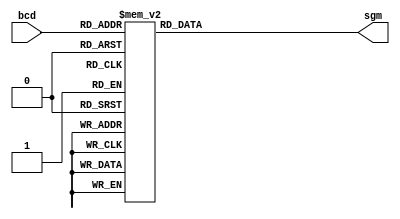
/*
Mdulo BCD Segmento

Este mdulo  responsvel por converter um valor BCD de 4 bits 
em um valor correspondente para exibio em um display de 7 segmentos.

*/

module bcd_sgm(
    input wire [3:0] bcd,
    output reg [6:0] sgm
);
    always @* begin
        // Realiza a converso do valor BCD para o segmento correspondente
        case (bcd)
            4'b0000: sgm <= 7'b1111110; // 0
            4'b0001: sgm <= 7'b0110000; // 1
            4'b0010: sgm <= 7'b1101101; // 2
            4'b0011: sgm <= 7'b1111001; // 3
            4'b0100: sgm <= 7'b0110011; // 4
            4'b0101: sgm <= 7'b1011011; // 5
            4'b0110: sgm <= 7'b1011111; // 6
            4'b0111: sgm <= 7'b1110000; // 7
            4'b1000: sgm <= 7'b1111111; // 8
            4'b1001: sgm <= 7'b1111011; // 9
            default: sgm <= 7'b0000000; // Valor invlido (no exibe nada)
        endcase
    end
endmodule